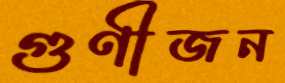
গুণীজন